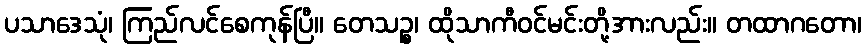
ပသာဒေသုံ၊ ကြည်လင်စေကုန်ပြီ။ တေသဉ္စ၊ ထိုသာကီဝင်မင်းတို့အားလည်း။ တထာဂတော၊